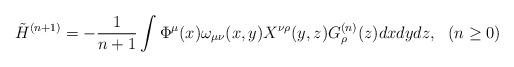
LaTeX: \begin{align*}\tilde H^{(n+1)} = -\frac{1}{n+1} \int \Phi^\mu(x) \omega_{\mu\nu}(x,y)X^{\nu\rho}(y,z) G_\rho^{(n)} (z) dx dy dz,~~(n\geq 0) \end{align*}